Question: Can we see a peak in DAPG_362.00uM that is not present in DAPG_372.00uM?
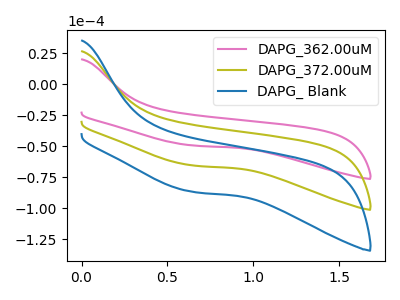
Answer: <think>The pink curve "DAPG_362.00uM" has no peaks. The olive curve "DAPG_372.00uM" has no peaks. The blue curve "DAPG_ Blank" has no peaks.
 Neither "DAPG_362.00uM" or "DAPG_372.00uM" have any peaks.</think>
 <answer>No, "DAPG_362.00uM" and "DAPG_372.00uM" don't appear to be significantly different in shape</answer>
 <eval>no_change</eval>